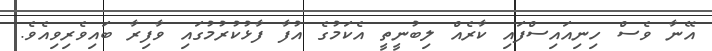
އޭނާ ވެސް ހިނިއައިސްފައި ކާރެއް ލިބުނީތީ އެކަމުގެ އުފާ ފާޅުކުރުމުގައި ވާފިރާ ބައިވެރިވިއެވެ.